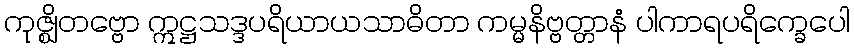
ကုဇ္ဈိတဗ္ဗော ဣဋ္ဌသဒ္ဒပရိယာယသာဓိတာ ကမ္မနိဗ္ဗတ္တာနံ ပါကာရပရိက္ခေပေါ